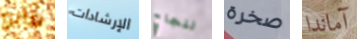
مايو الإرشادات لنجاح صخرة آماندا